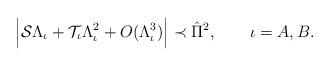
LaTeX: \begin{align*}&\Big|\mathcal{S}\Lambda_\iota+\mathcal{T}_\iota\Lambda_\iota^2+O(\Lambda_\iota^3)\Big|\prec \hat{\Pi}^2,\qquad\iota=A, B. \end{align*}